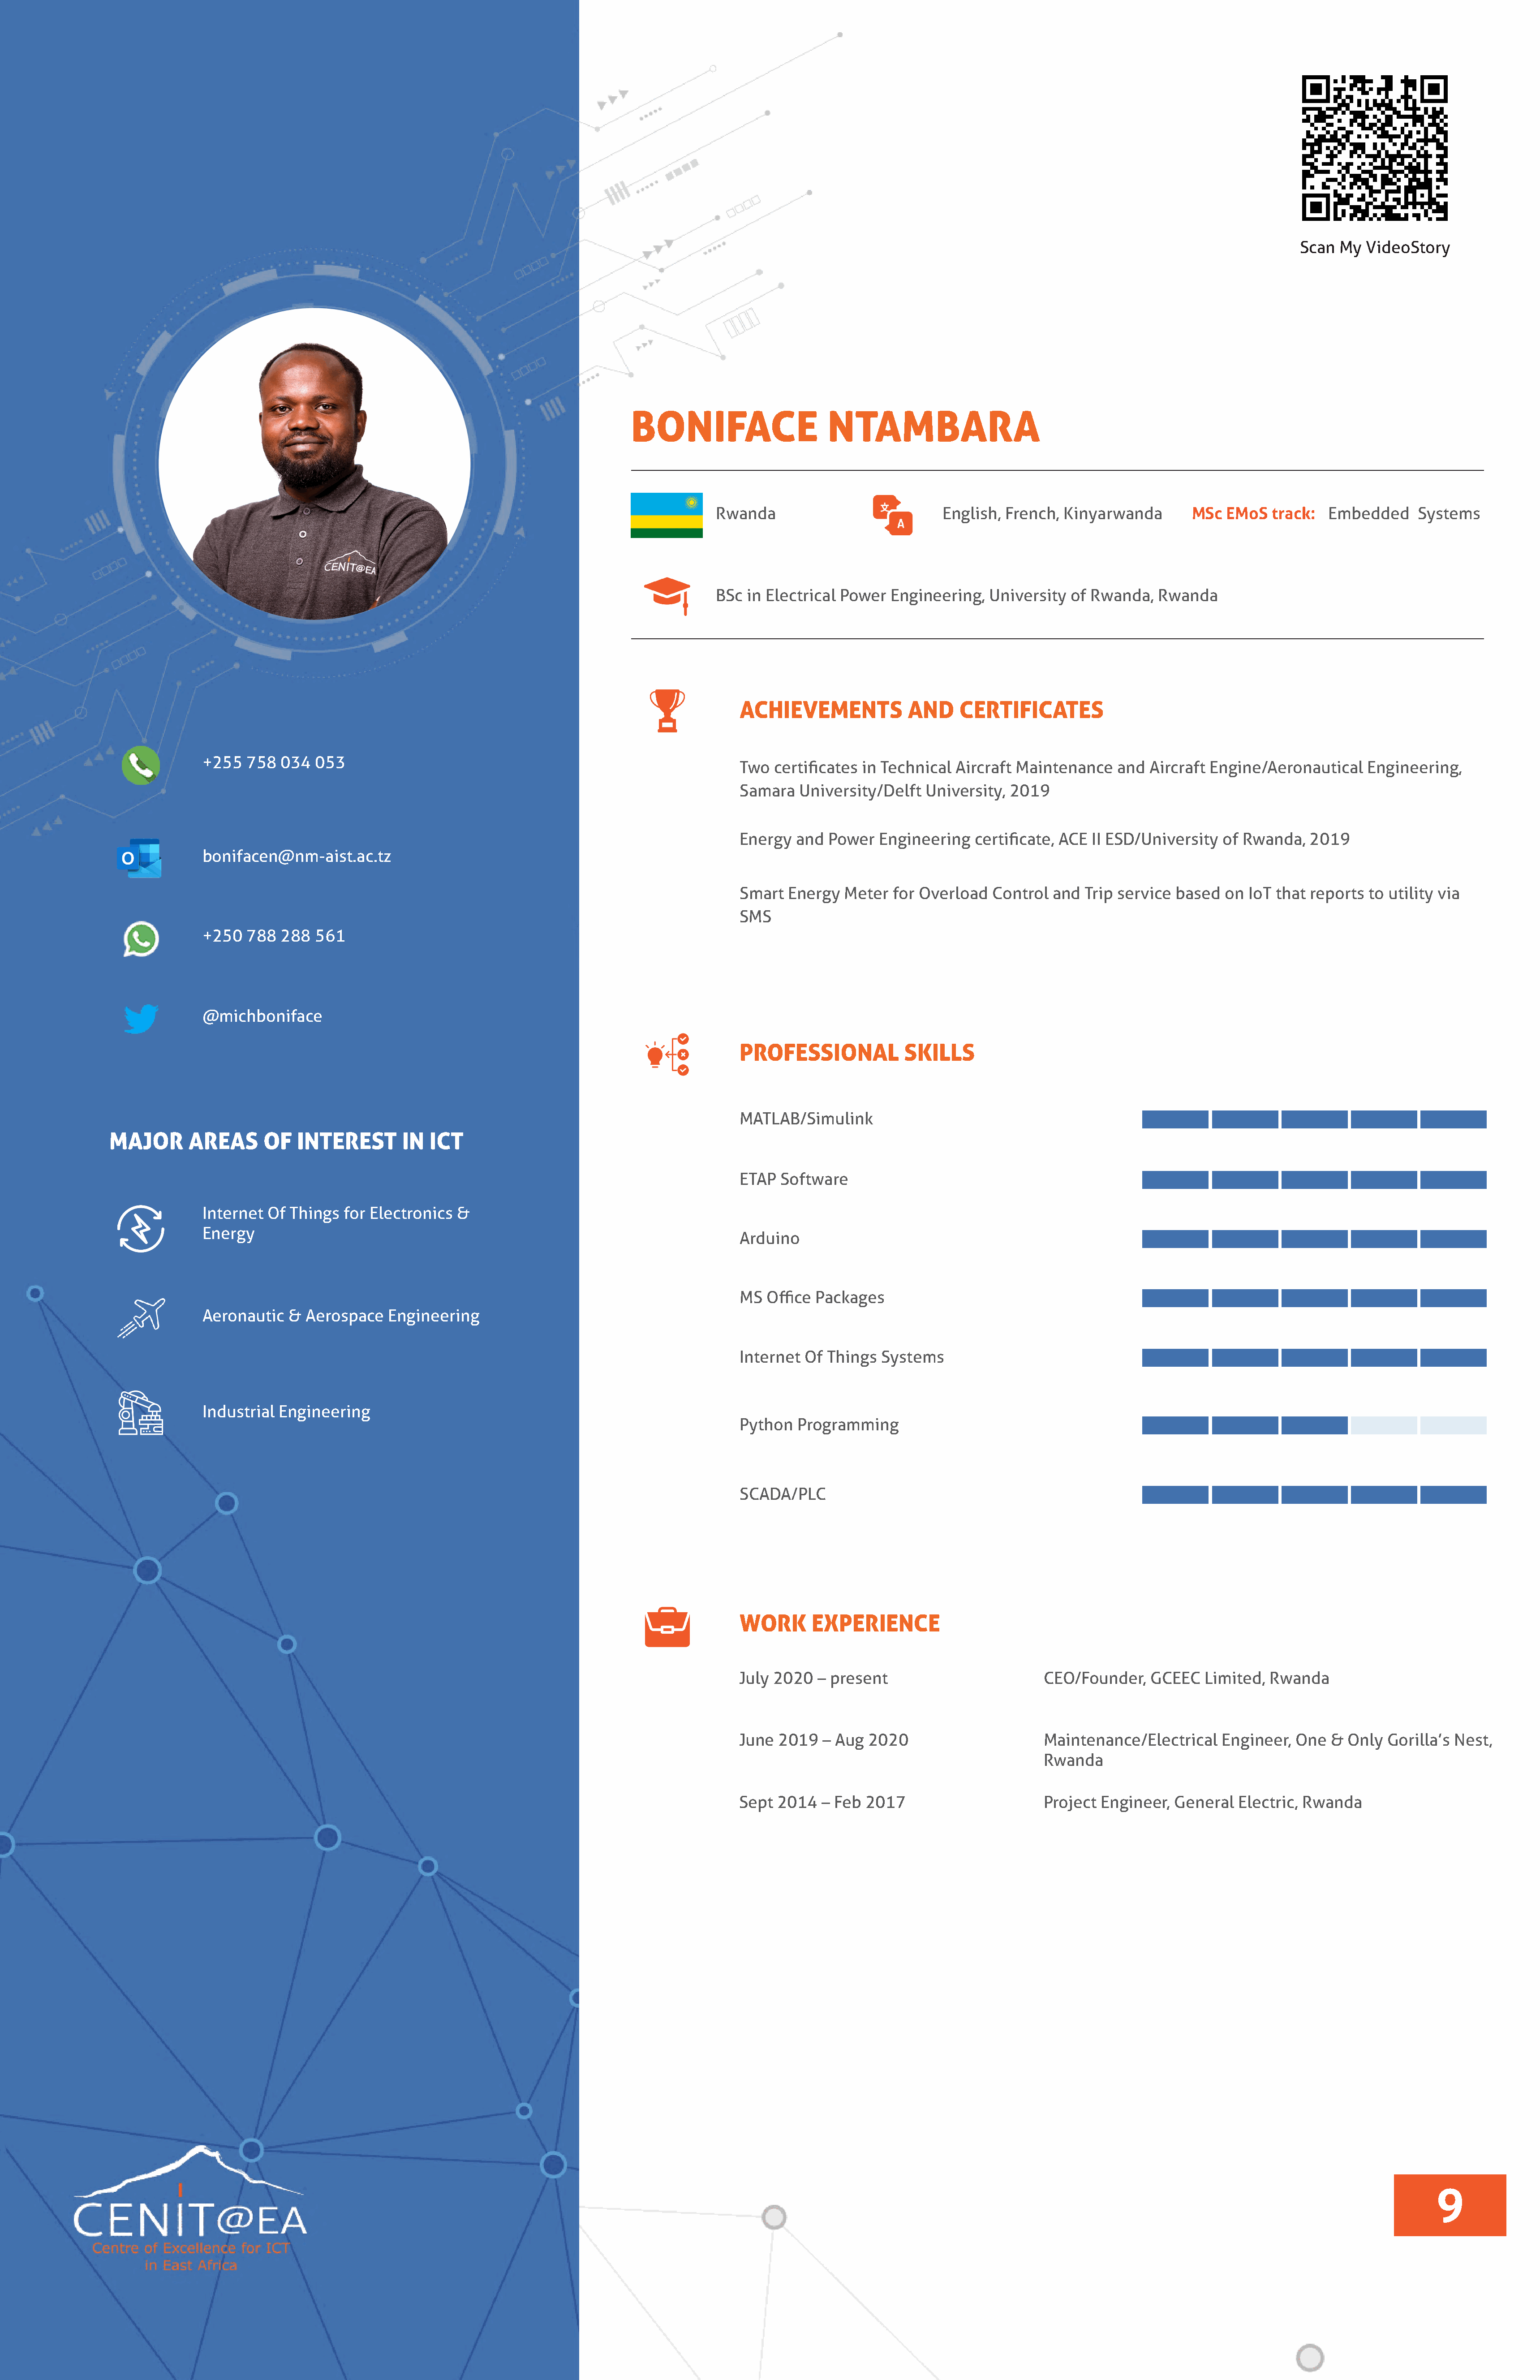
Scan  My  VideoStory
 BONIFACE                     NTAMBARA
 Rwanda                           English,  French, Kinyarwanda        MSc  EMoS   track:  Embedded     Systems
 BSc in Electrical Power   Engineering,  University  of Rwanda,   Rwanda
 ACHIEVEMENTS             AND     CERTIFICATES
 +255  758   034  053
 Two  certificates in Technical  Aircraft Maintenance    and  Aircraft Engine/Aeronautical    Engineering,
 Samara   University/Delft   University, 2019
 Energy   and Power   Engineering   certificate, ACE II ESD/University   of Rwanda,   2019
 bonifacen@nm-aist.ac.tz
 Smart  Energy   Meter  for Overload   Control  and Trip service  based  on IoT  that reports to utility via
 SMS
 +250  788   288  561
 @michboniface
 PROFESSIONAL             SKILLS
 MATLAB/Simulink
 MAJOR       AREAS      OF   INTEREST       IN  ICT
 ETAP  Software
 Internet  Of Things  for Electronics  &
 Energy
 Arduino
 MS  Office Packages
 Aeronautic   & Aerospace   Engineering
 Internet  Of Things  Systems
 Industrial Engineering
 Python   Programming
 SCADA/PLC
 WORK       EXPERIENCE
 July 2020   – present                        CEO/Founder,    GCEEC   Limited,  Rwanda
 June  2019   – Aug 2020                      Maintenance/Electrical     Engineer, One   & Only  Gorilla’s Nest,
 Rwanda
 Sept  2014  – Feb  2017                      Project  Engineer,  General  Electric, Rwanda
 9